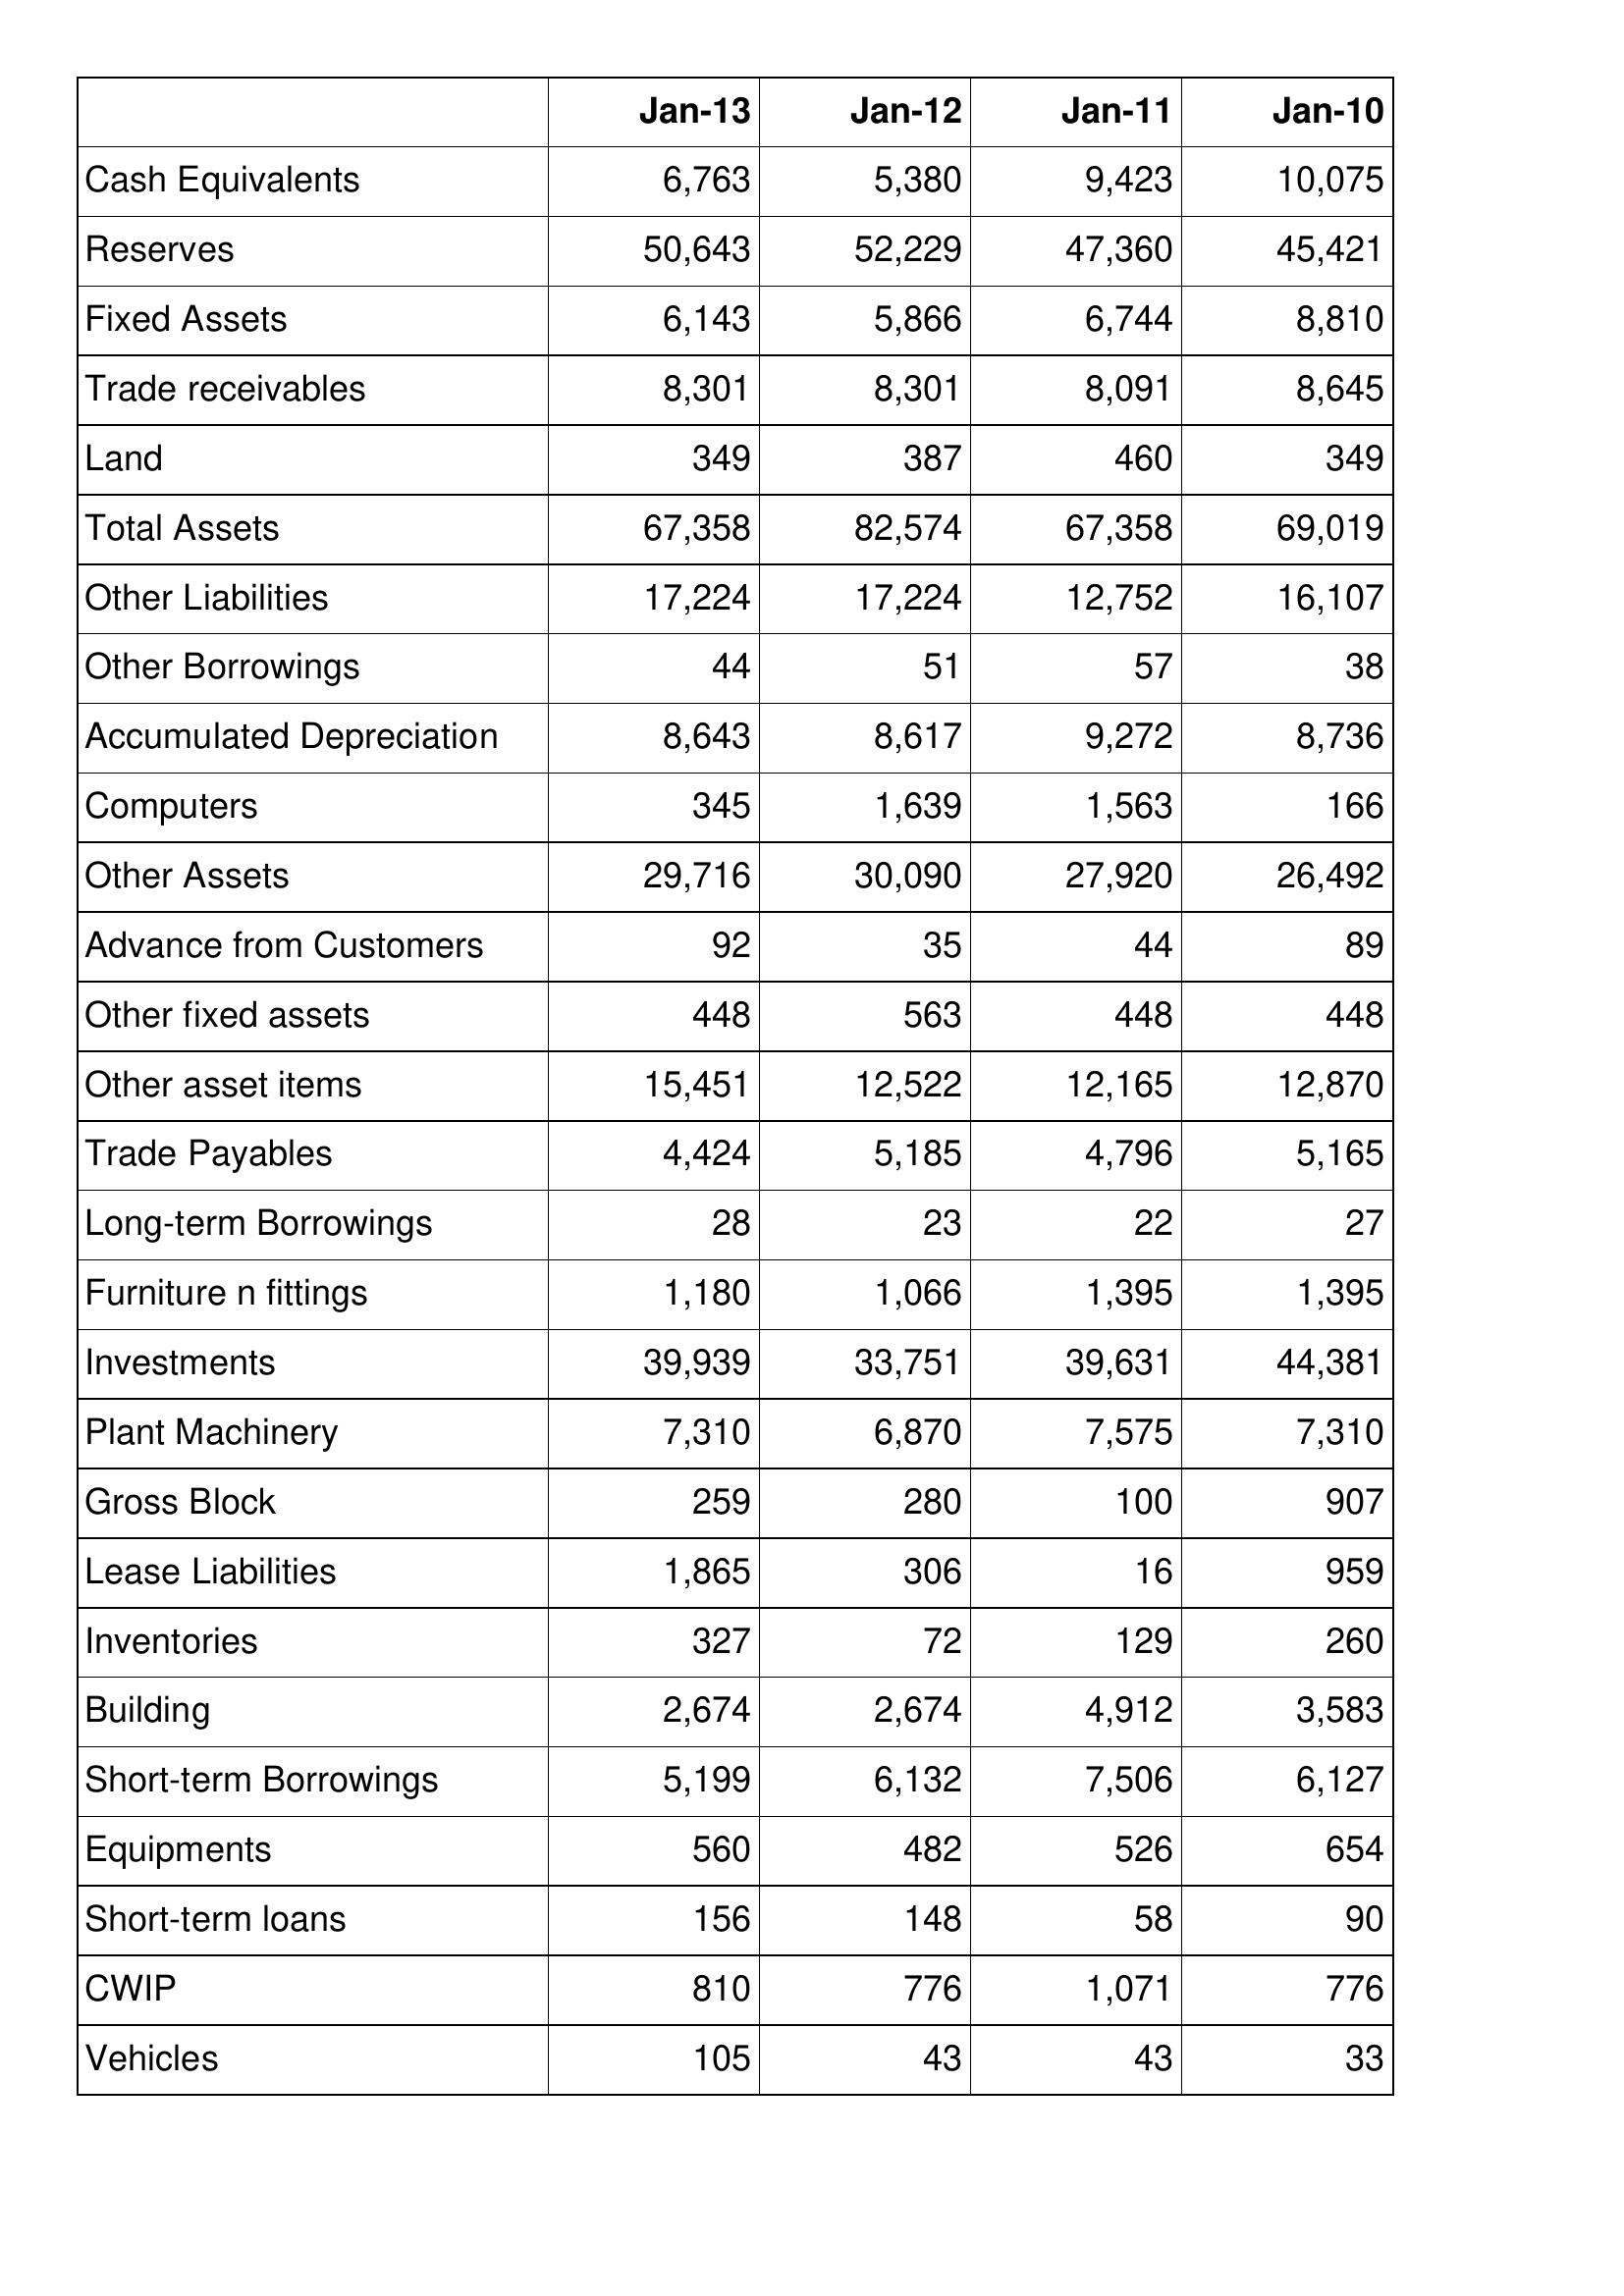
Jan-13: Balance Sheet: Cash Equivalents: 6,763
Reserves: 50,643
Fixed Assets: 6,143
Trade receivables: 8,301
Land: 349
Total Assets: 67,358
Other Liabilities: 17,224
Other Borrowings: 44
Accumulated Depreciation: 8,643
Computers: 345
Other Assets: 29,716
Advance from Customers: 92
Other fixed assets: 448
Other asset items: 15,451
Trade Payables: 4,424
Long-term Borrowings: 28
Furniture n fittings: 1,180
Investments: 39,939
Plant Machinery: 7,310
Gross Block: 259
Lease Liabilities: 1,865
Inventories: 327
Building: 2,674
Short-term Borrowings: 5,199
Equipments: 560
Short-term loans: 156
CWIP: 810
Vehicles: 105
Jan-12: Balance Sheet: Cash Equivalents: 5,380
Reserves: 52,229
Fixed Assets: 5,866
Trade receivables: 8,301
Land: 387
Total Assets: 82,574
Other Liabilities: 17,224
Other Borrowings: 51
Accumulated Depreciation: 8,617
Computers: 1,639
Other Assets: 30,090
Advance from Customers: 35
Other fixed assets: 563
Other asset items: 12,522
Trade Payables: 5,185
Long-term Borrowings: 23
Furniture n fittings: 1,066
Investments: 33,751
Plant Machinery: 6,870
Gross Block: 280
Lease Liabilities: 306
Inventories: 72
Building: 2,674
Short-term Borrowings: 6,132
Equipments: 482
Short-term loans: 148
CWIP: 776
Vehicles: 43
Jan-11: Balance Sheet: Cash Equivalents: 9,423
Reserves: 47,360
Fixed Assets: 6,744
Trade receivables: 8,091
Land: 460
Total Assets: 67,358
Other Liabilities: 12,752
Other Borrowings: 57
Accumulated Depreciation: 9,272
Computers: 1,563
Other Assets: 27,920
Advance from Customers: 44
Other fixed assets: 448
Other asset items: 12,165
Trade Payables: 4,796
Long-term Borrowings: 22
Furniture n fittings: 1,395
Investments: 39,631
Plant Machinery: 7,575
Gross Block: 100
Lease Liabilities: 16
Inventories: 129
Building: 4,912
Short-term Borrowings: 7,506
Equipments: 526
Short-term loans: 58
CWIP: 1,071
Vehicles: 43
Jan-10: Balance Sheet: Cash Equivalents: 10,075
Reserves: 45,421
Fixed Assets: 8,810
Trade receivables: 8,645
Land: 349
Total Assets: 69,019
Other Liabilities: 16,107
Other Borrowings: 38
Accumulated Depreciation: 8,736
Computers: 166
Other Assets: 26,492
Advance from Customers: 89
Other fixed assets: 448
Other asset items: 12,870
Trade Payables: 5,165
Long-term Borrowings: 27
Furniture n fittings: 1,395
Investments: 44,381
Plant Machinery: 7,310
Gross Block: 907
Lease Liabilities: 959
Inventories: 260
Building: 3,583
Short-term Borrowings: 6,127
Equipments: 654
Short-term loans: 90
CWIP: 776
Vehicles: 33